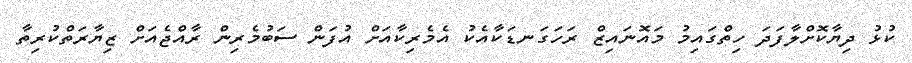
ކުޅު ދިޔާކޮށްލާފަދަ ހިތްގައިމު މައޮނައިޒް ރަހަގަނޑަކާއެކު އެމެރިކާއަށް އުފަން ސަބުމެރިން ރާއްޖެއަށް ޒިޔާރަތްކުރިތާ